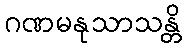
ဂဏမနုသာသန္တိ